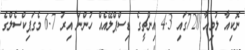
ނޮކިއާ ލުމިއާ 720ގައި 4.3 އިންޗީގެ ޑިސްޕްލޭއެއް ހުންނަ އިރު 6.7 މެގަޕިކްސެލްގެ